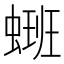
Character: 𫋑